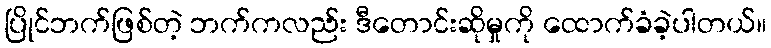
ပြိုင်ဘက်ဖြစ်တဲ့ ဘက်ကလည်း ဒီတောင်းဆိုမှုကို ထောက်ခံခဲ့ပါတယ်။